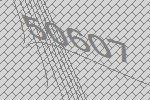
50607